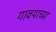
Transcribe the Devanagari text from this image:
गावयाच्या